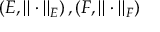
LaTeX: \left( E , \| \cdot \| _ { E } \right) , \left( F , \| \cdot \| _ { F } \right)